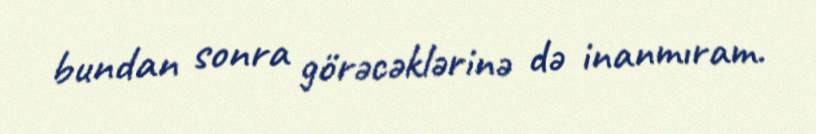
bundan sonra görəcəklərinə də inanmıram.